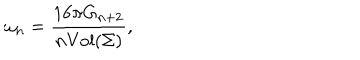
LaTeX: \omega _ { n } = \frac { 1 6 \pi G _ { n + 2 } } { n \mathrm { V o l } ( \Sigma ) } ,